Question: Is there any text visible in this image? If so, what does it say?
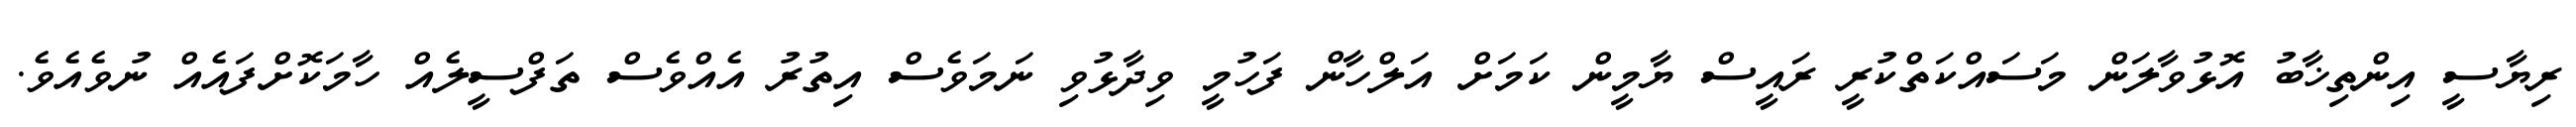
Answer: ރިޔާސީ އިންތިޚާބު އޮޅުވާލަން މަސައްކަތްކުރީ ރައީސް ޔާމީން ކަމަށް އަލްހާން ފަހުމީ ވިދާޅުވި ނަމަވެސް އިތުރު އެއްވެސް ތަފްސީލެއް ހާމަކޮށްފައެއް ނުވެއެވެ.